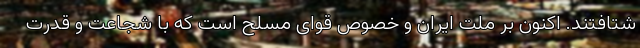
شتافتند. اکنون بر ملت ایران و خصوص قوای مسلح است که با شجاعت و قدرت